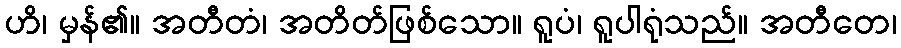
ဟိ၊ မှန်၏။ အတီတံ၊ အတိတ်ဖြစ်သော။ ရူပံ၊ ရူပါရုံသည်။ အတီတေ၊